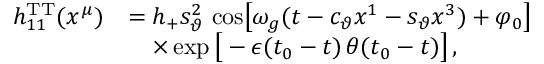
\begin{array} { r l } { h _ { 1 1 } ^ { \mathrm { T T } } ( x ^ { \mu } ) } & { = h _ { + } s _ { \vartheta } ^ { 2 } \, \cos \! \left[ \omega _ { g } ( t - c _ { \vartheta } x ^ { 1 } - s _ { \vartheta } x ^ { 3 } ) + \varphi _ { 0 } \right] } \\ & { \quad \times \exp \big [ - \epsilon ( t _ { 0 } - t ) \, \theta ( t _ { 0 } - t ) \big ] \, , } \end{array}